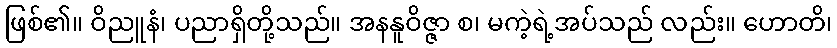
ဖြစ်၏။ ဝိညူနံ၊ ပညာရှိတို့သည်။ အနနူဝိဇ္ဇာ စ၊ မကဲ့ရဲ့အပ်သည် လည်း။ ဟောတိ၊